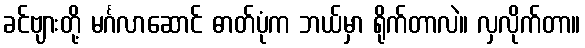
ခင်ဗျားတို့ မင်္ဂလာဆောင် ဓာတ်ပုံက ဘယ်မှာ ရိုက်တာလဲ။ လှလိုက်တာ။